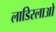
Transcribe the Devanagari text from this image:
लाडिस्लाओ